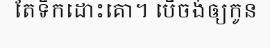
តែទឹកដោះគោ។ បើចង់ឲ្យកូន